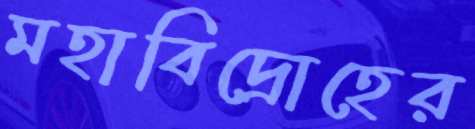
মহাবিদ্রোহের